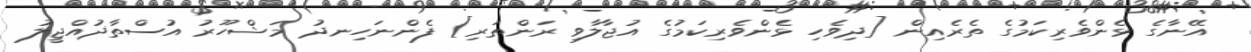
އޭނާގެ ޅެންވެރިކަމުގެ ތެރެއިން [ދިވެހި ޅެންވެރިކަމުގެ އުޖާލާވި ރަންތަރި] ފެންނަހިނދު މަޝްހޫރު އުސްތާޛުއްޖީލު